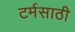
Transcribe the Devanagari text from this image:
टर्मसाठी